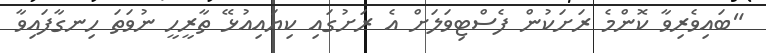
"ބައިވެރިވާ ކޮންމެ ރަށަކުން ފެސްޓިވަލަށް އެ ރަށުގައި ކިޔައިއުޅޭ ތާރީހީ ނުވަތަ ހިނގާފައިވާ